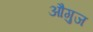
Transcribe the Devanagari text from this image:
औगुज